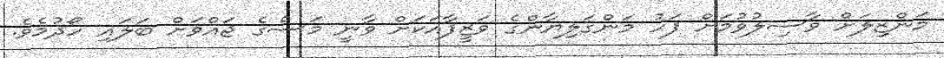
މަންޒިލަށް ވާސިލުވުމަށް ފަހު މަންގަލިޔާންގެ ވަޒީފާއަކަށް ވާނީ މަސްގެ ޖައްވަށް ބަލައި ހޯދުމެވެ.